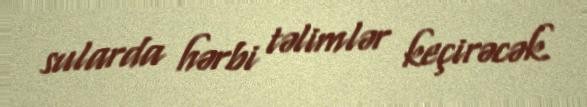
sularda hərbi təlimlər keçirəcək.